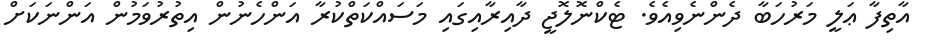
އާތިފާ ޢަލީ މަރުހަބާ ދެންނެވިއެވެ. ޓެކްނޮލޮޖީ ދާއިރާއިގައި މަސައްކަތްކުރާ އަންހެނުން އިތުރުވަމުން އަންނަކަށް